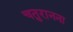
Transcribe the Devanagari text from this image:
चतुरानना